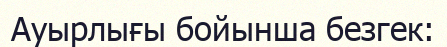
Ауырлығы бойынша безгек: